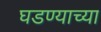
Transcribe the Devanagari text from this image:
घडण्याच्या